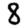
Digit: 8